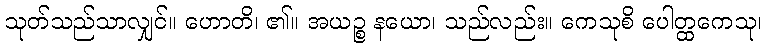
သုတ်သည်သာလျှင်။ ဟောတိ၊ ၏။ အယဉ္စ နယော၊ သည်လည်း။ ကေသုစိ ပေါတ္ထကေသု၊